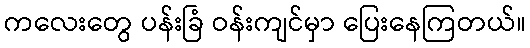
ကလေးတွေ ပန်းခြံ ဝန်းကျင်မှာ ပြေးနေကြတယ်။